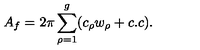
A _ { f } = 2 \pi \sum _ { \rho = 1 } ^ { g } ( c _ { \rho } w _ { \rho } + c . c ) .